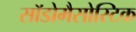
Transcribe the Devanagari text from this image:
सॉडोमैसोस्टिक